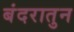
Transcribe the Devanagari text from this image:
बंदरातुन